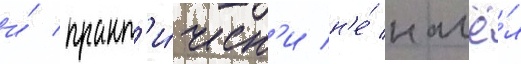
и́ практ'и́ческ'и н'е́ нашё́л